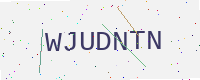
Text: WJUDNTN